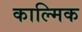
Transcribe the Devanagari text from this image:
काल्मिक